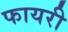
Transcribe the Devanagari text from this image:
फायरी